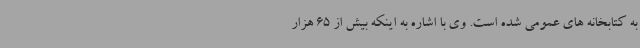
به کتابخانه های عمومی شده است. وی با اشاره به اینکه بیش از 65 هزار